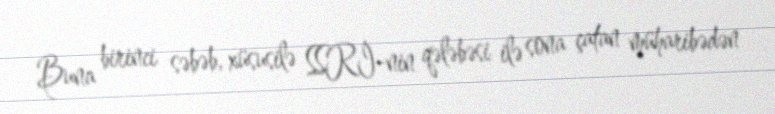
Buna birinci səbəb, xüsusilə SSRİ-nin qələbəsi ilə sona çatan müharibədən